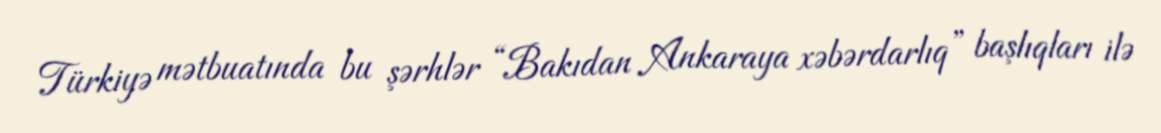
Türkiyə mətbuatında bu şərhlər “Bakıdan Ankaraya xəbərdarlıq” başlıqları ilə